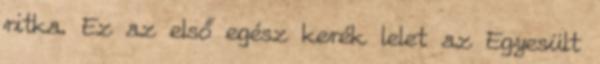
ritka. Ez az első egész kerék lelet az Egyesült